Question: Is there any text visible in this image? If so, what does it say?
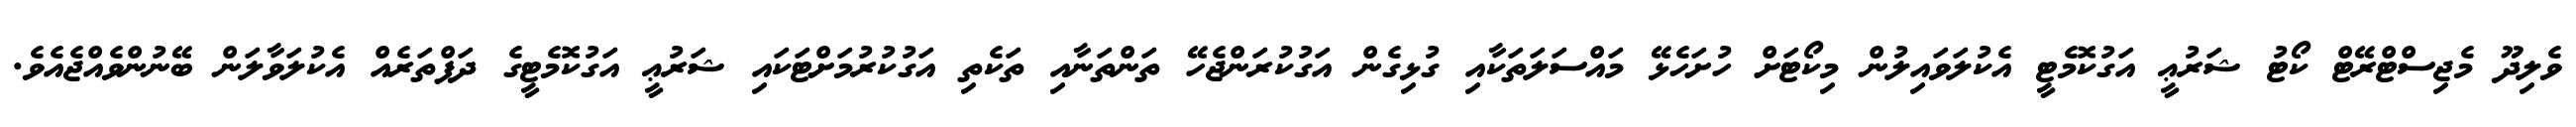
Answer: ވެލިދޫ މެޖިސްޓްރޭޓް ކޯޓު ޝަރުޢީ އަގުކޮމެޓީ އެކުލަވައިލުން މިކޯޓަށް ހުށަހެޅޭ މައްސަލަތަކާއި ގުޅިގެން އަގުކުރަންޖެހޭ ތަންތަނާއި ތަކެތި އަގުކުރުމަށްޓަކައި ޝަރުޢީ އަގުކޮމެޓީގެ ދަފްތަރެއް އެކުލަވާލަން ބޭނުންވެއްޖެއެވެ.